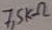
Text: 7,5KΩ